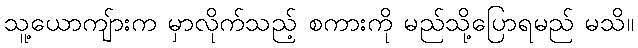
သူ့ယောကျ်ားက မှာလိုက်သည့် စကားကို မည်သို့ပြောရမည် မသိ။